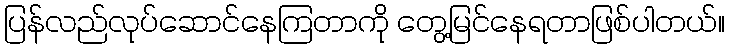
ပြန်လည်လုပ်ဆောင်နေကြတာကို တွေ့မြင်နေရတာဖြစ်ပါတယ်။